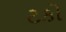
ટકો